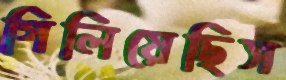
গিলিয়েছিস